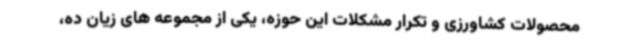
محصولات کشاورزی و تکرار مشکلات این حوزه، یکی از مجموعه های زیان ده،